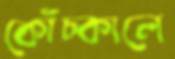
কোঁচ্‌কালে